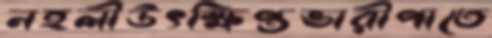
নহলীউৎক্ষিপ্তভারীপাতে